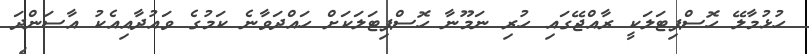
ހުޅުމާލޭ ހޮސްޕިޓަލަކީ ރާއްޖޭގައި ހުރި ނަމޫނާ ހޮސްޕިޓަލަކަށް ހައްދަވާނެ ކަމުގެ ވައުދާއިއެކު އާސަންދަ